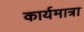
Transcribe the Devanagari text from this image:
कार्यमात्रा